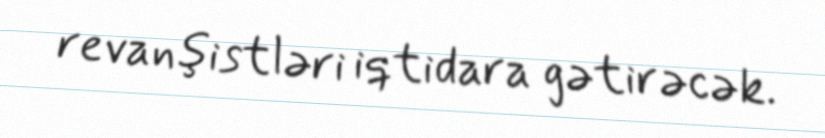
revanşistləri iqtidara gətirəcək.